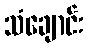
သံချောင်း